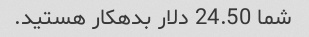
شما 24.50 دلار بدهکار هستید.